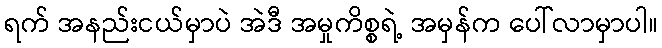
ရက် အနည်းငယ်မှာပဲ အဲဒီ အမှုကိစ္စရဲ့ အမှန်က ပေါ်လာမှာပါ။